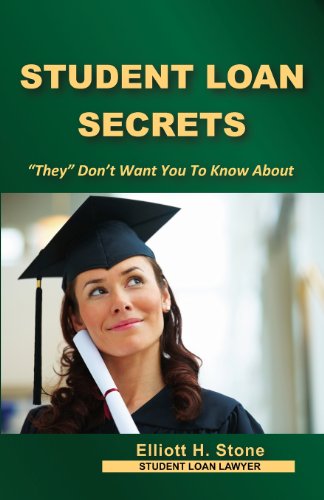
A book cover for Student Loan Secrets: "They" Don't Want You To Know About; Elliott H Stone; Law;